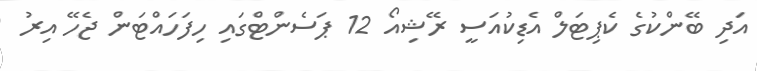
އަދި ބޭންކުގެ ކެޕިޓަލް އެޑިކުއަސީ ރޭޝިއޯ 12 ޕަސެންޓްގައި ހިފަހައްޓަން ޖެހޭ އިރު